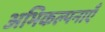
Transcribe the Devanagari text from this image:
अभिकल्पनाएँ